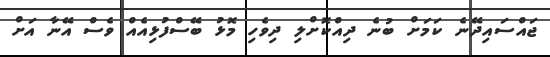
ޖައްސައިދޭނެ ކަމަށް ބުނެ ދިއްކޮށްލި ދިވެހި މޮޅު ބޭސްފުޅިއެއް ވެސް އޭނާ އަށް